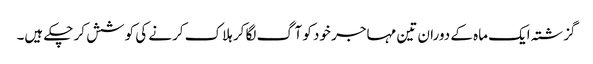
گزشتہ ایک ماہ کے دوران تین مہاجر خود کو آگ لگا کر ہلاک کرنے کی کوشش کر چکے ہیں۔